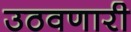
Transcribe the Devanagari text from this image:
उठवणारी